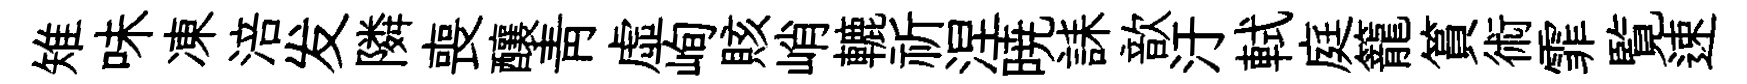
雉味凍涪发隣喪釀靑虚峋賅峭轆祈涅暁誄歆汙軾庭籠篔術霏覧速